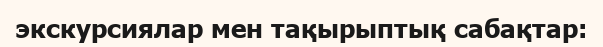
экскурсиялар мен тақырыптық сабақтар: